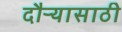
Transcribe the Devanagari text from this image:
दौऱ्यासाठी